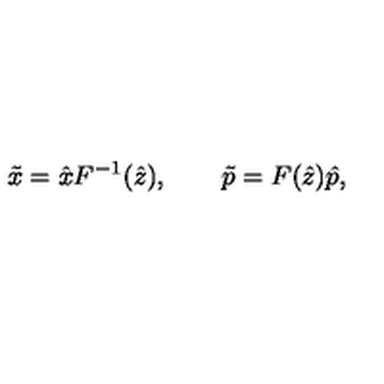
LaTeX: \tilde { x } = \hat { x } F ^ { - 1 } ( \hat { z } ) , \qquad \tilde { p } = F ( \hat { z } ) \hat { p } ,